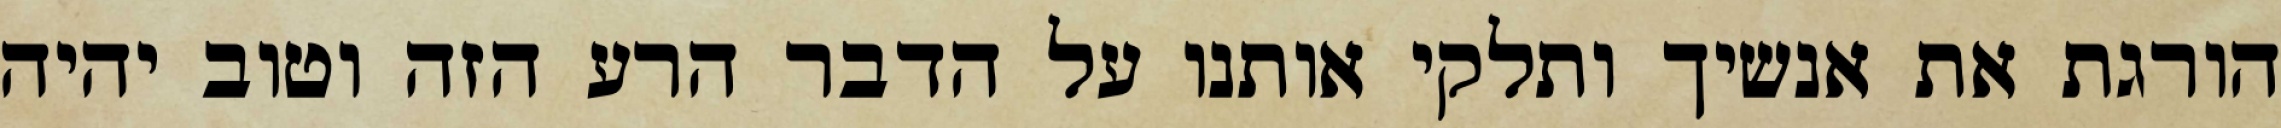
הורגת את אנשיך ותלקי אותנו על הדבר הרע הזה וטוב יהיה